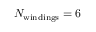
N _ { \mathrm { w i n d i n g s } } = 6